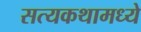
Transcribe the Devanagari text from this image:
सत्यकथामध्ये